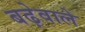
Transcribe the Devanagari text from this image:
बढ़ेवाले